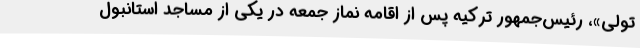
تولی»، رئیس‌جمهور ترکیه پس از اقامه نماز جمعه در یکی از مساجد استانبول